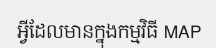
អ្វីដែលមានក្នុងកម្មវិធី MAP